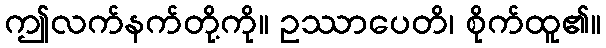
ဤလက်နက်တို့ကို။ ဥဿာပေတိ၊ စိုက်ထူ၏။